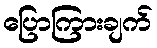
ပြောကြားချက်